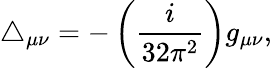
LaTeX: \triangle_{\mu\nu}=-\left(\frac{i}{32\pi^{2}}\right)g_{\mu\nu},